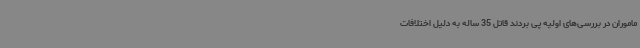
ماموران در بررسی‌های اولیه پی بردند قاتل 35 ساله به دلیل اختلافات